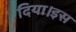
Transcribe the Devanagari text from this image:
दिया।इस